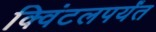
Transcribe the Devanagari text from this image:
क्विंटलपर्यंत